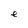
Character: e